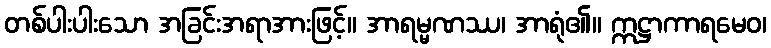
တစ်ပါးပါးသော အခြင်းအရာအားဖြင့်။ အာရမ္မဏဿ၊ အာရုံ၏။ ဣဋ္ဌာကာရမေဝ၊